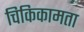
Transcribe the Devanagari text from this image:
चिकिकामता